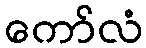
ကော်လံ